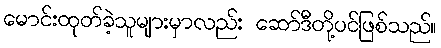
မောင်းထုတ်ခဲ့သူများမှာလည်း ဆော်ဒီတို့ပင်ဖြစ်သည်။